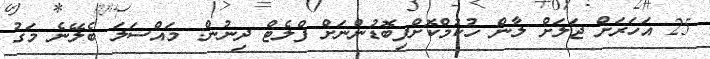
25 އަހަރަށް ޖަލަށް ލާން ހުކުމްކޮށްފިބޮޑުންނަށް ފްލެޓް ދިނުން: މައްސަލަ ބެލޭނެ މަގު